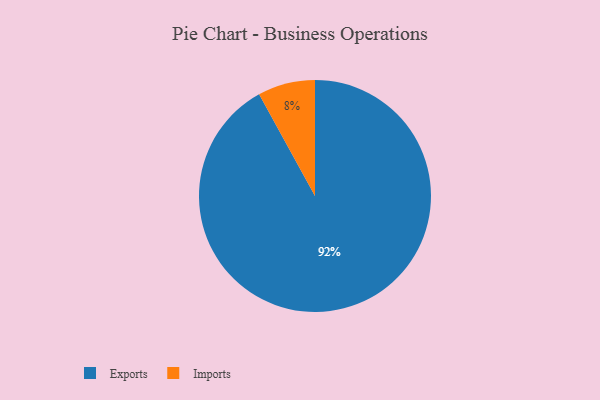
{"axis": {"x": "Category", "y": "Percentage"}, "legend": ["Exports", "Imports"], "data": [{"x": "Exports", "y": 92, "type": "Exports"}, {"x": "Imports", "y": 8, "type": "Imports"}]}